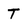
Character: T